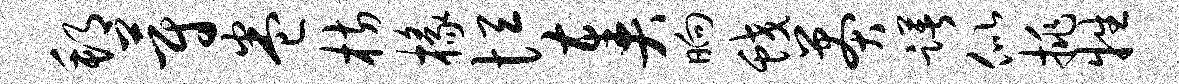
邦蔚卷枋椽恒奏晌蛟莽躇似挑牲